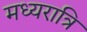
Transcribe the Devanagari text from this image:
मध्‍यरात्रि